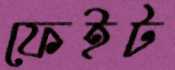
ফেইট